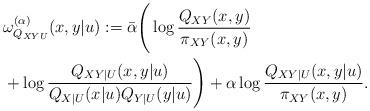
LaTeX: \begin{align*} & \omega_{Q_{XYU}}^{(\alpha)}(x,y|u):=\bar{\alpha}\Bigg(\log\frac{Q_{XY}(x,y)}{\pi_{XY}(x,y)} \\ & +\log\frac{Q_{XY|U}(x,y|u)}{Q_{X|U}(x|u)Q_{Y|U}(y|u)}\Bigg)+\alpha\log\frac{Q_{XY|U}(x,y|u)}{\pi_{XY}(x,y)}.\end{align*}